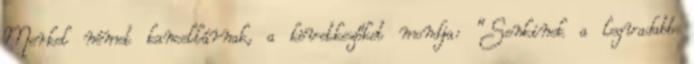
Merkel német kancellárnak, a következőket mondja: "Senkinek a legvadabb